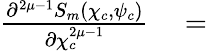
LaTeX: \begin{array}{rl}{\frac{\partial^{2\mu-1}S_{m}\left(\chi_{c},\psi_{c}\right)}{\partial\chi_{c}^{2\mu-1}}}&{{}=}\end{array}